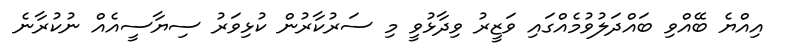
އިއްޔެ ބޭއްވި ބައްދަލުވުމެއްގައި ވަޒީރު ވިދާޅުވީ މި ސަރުކާރުން ކުޅިވަރު ސިޔާސީއެއް ނުކުރާނެ